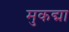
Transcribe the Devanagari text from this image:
मुकद्मा